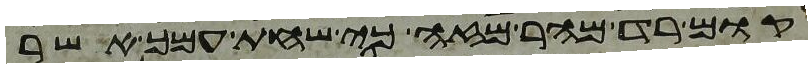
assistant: קום רד מהר מזה כי שחת עמך אשר